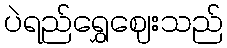
ပဲရည်ရွှေဈေးသည်